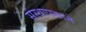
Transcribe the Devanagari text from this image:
संस्थापकाने